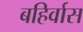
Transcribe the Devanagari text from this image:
बहिर्वास